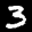
Label: 3